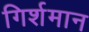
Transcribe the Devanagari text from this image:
गिर्शमान